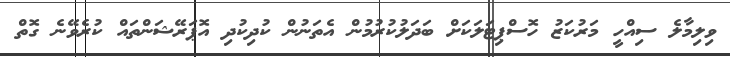
ވިލިމާލެ ސިއްހީ މަރުކަޒު ހޮސްޕިޓަލަކަށް ބަދަލުކުރުމުން އެތަނުން ކުދިކުދި އޮޕަރޭޝަންތައް ކުރެވޭނެ ގޮތް